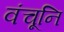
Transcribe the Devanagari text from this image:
वंचूनि